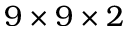
9 \times 9 \times 2